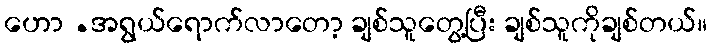
ဟော .အရွယ်ရောက်လာတော့ ချစ်သူတွေ့ပြီး ချစ်သူကိုချစ်တယ်။